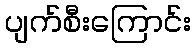
ပျက်စီးကြောင်း